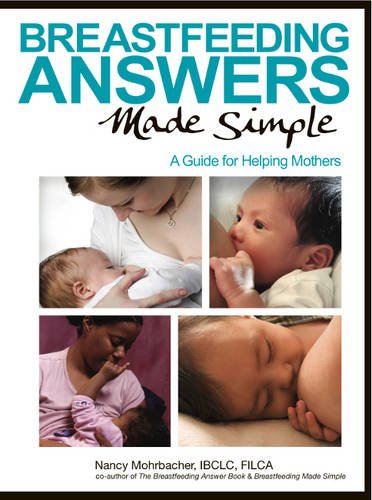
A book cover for Breastfeeding Answers Made Simple: A Guide for Helping Mothers; Nancy Mohrbacher; Law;